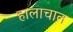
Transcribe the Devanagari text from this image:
हालाचाल